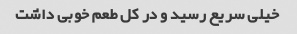
خیلی سریع رسید و در کل طعم خوبی داشت